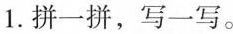
1.拼一拼，写一写。